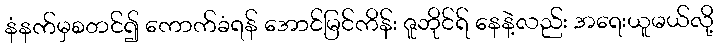
နံနက်မှစတင်၍ ကောက်ခံရန် အောင်မြင်ကိန်း ဇူဘိုင်ရ် နေနဲ့လည်း အရေးယူမယ်လို့